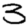
Digit: 3